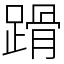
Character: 𨃴